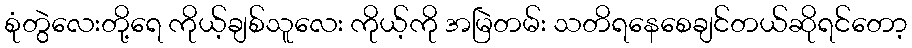
စုံတွဲလေးတို့ရေ ကိုယ့်ချစ်သူလေး ကိုယ့်ကို အမြဲတမ်း သတိရနေစေချင်တယ်ဆိုရင်တော့